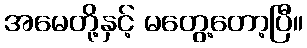
အမေတို့နှင့် မတွေ့တော့ပြီ။